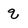
Character: q